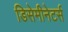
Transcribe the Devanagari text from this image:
डिसेमीनेटर्स